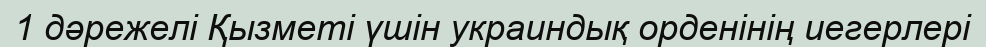
1 дәрежелі Қызметі үшін украиндық орденінің иегерлері